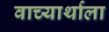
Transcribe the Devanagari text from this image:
वाच्यार्थाला